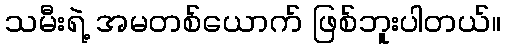
သမီးရဲ့ အမတစ်ယောက် ဖြစ်ဘူးပါတယ်။